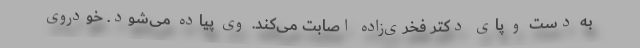
به دست و پای دکتر فخری‌زاده اصابت می‌کند. وی پیاده می‌شود. خودروی